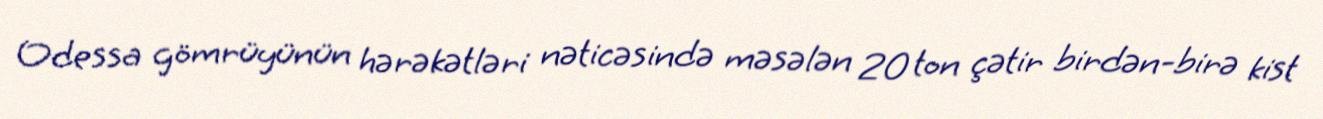
Odessa gömrüyünün hərəkətləri nəticəsində məsələn 20 ton çətir birdən-birə kist